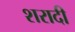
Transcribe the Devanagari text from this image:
शरादी